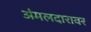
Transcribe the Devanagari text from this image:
अंमलदारावर